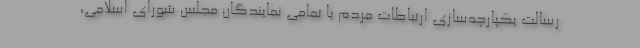
رسالت یکپارچه‌سازی ارتباطات مردم با تمامی نمایندگان مجلس شورای اسلامی،